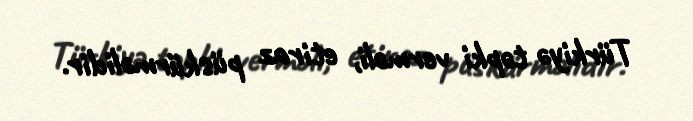
Türkiyə təpki verməli, etiraz püskürməlidir.